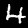
Digit: 4